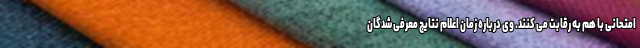
امتحانی با هم به رقابت می کنند. وی درباره زمان اعلام نتایج معرفی شدگان